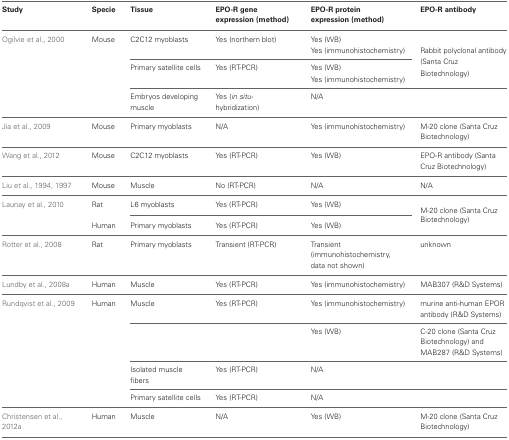
<table><thead><tr><td><b>Study</b></td><td><b>Specie</b></td><td><b>Tissue</b></td><td><b>EPO-R gene expression (method)</b></td><td><b>EPO-R protein expression (method)</b></td><td><b>EPO-R antibody</b></td></tr></thead><tbody><tr><td>Ogilvie et al., 2000</td><td>Mouse</td><td>C2C12 myoblasts</td><td>Yes (northern blot)</td><td>Yes (WB)</td><td rowspan="4">Rabbit polyclonal antibody (Santa Cruz Biotechnology)</td></tr><tr><td></td><td></td><td></td><td></td><td>Yes (immunohistochemistry)</td></tr><tr><td></td><td></td><td>Primary satellite cells</td><td>Yes (RT-PCR)</td><td>Yes (WB)</td></tr><tr><td></td><td></td><td></td><td></td><td>Yes (immunohistochemistry)</td></tr><tr><td></td><td></td><td>Embryos developing muscle</td><td>Yes (<i>in situ</i>-hybridization)</td><td>N/A</td><td></td></tr><tr><td>Jia et al., 2009</td><td>Mouse</td><td>Primary myoblasts</td><td>N/A</td><td>Yes (immunohistochemistry)</td><td>M-20 clone (Santa Cruz Biotechnology)</td></tr><tr><td>Wang et al., 2012</td><td>Mouse</td><td>C2C12 myoblasts</td><td>Yes (RT-PCR)</td><td>Yes (WB)</td><td>EPO-R antibody (Santa Cruz Biotechnology)</td></tr><tr><td>Liu et al., 1994, 1997</td><td>Mouse</td><td>Muscle</td><td>No (RT-PCR)</td><td>N/A</td><td>N/A</td></tr><tr><td>Launay et al., 2010</td><td>Rat</td><td>L6 myoblasts</td><td>Yes (RT-PCR)</td><td>Yes (WB)</td><td rowspan="2">M-20 clone (Santa Cruz Biotechnology)</td></tr><tr><td></td><td>Human</td><td>Primary myoblasts</td><td>Yes (RT-PCR)</td><td>Yes (WB)</td></tr><tr><td>Rotter et al., 2008</td><td>Rat</td><td>Primary myoblasts</td><td>Transient (RT-PCR)</td><td>Transient (immunohistochemistry, data not shown)</td><td>unknown</td></tr><tr><td>Lundby et al., 2008a</td><td>Human</td><td>Muscle</td><td>Yes (RT-PCR)</td><td>Yes (immunohistochemistry)</td><td>MAB307 (R&amp;D Systems)</td></tr><tr><td>Rundqvist et al., 2009</td><td>Human</td><td>Muscle</td><td>Yes (RT-PCR)</td><td>Yes (immunohistochemistry)</td><td>murine anti-human EPOR antibody (R&amp;D Systems)</td></tr><tr><td></td><td></td><td></td><td></td><td>Yes (WB)</td><td>C-20 clone (Santa Cruz Biotechnology) and MAB287 (R&amp;D Systems)</td></tr><tr><td></td><td></td><td>Isolated muscle fibers</td><td>Yes (RT-PCR)</td><td>N/A</td><td></td></tr><tr><td></td><td></td><td>Primary satellite cells</td><td>Yes (RT-PCR)</td><td>N/A</td><td></td></tr><tr><td>Christensen et al., 2012a</td><td>Human</td><td>Muscle</td><td>N/A</td><td>Yes (WB)</td><td>M-20 clone (Santa Cruz Biotechnology)</td></tr></tbody></table>